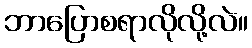
ဘာပြောစရာလိုလို့လဲ။